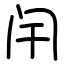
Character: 闬